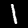
Digit: 1